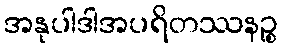
အနုပါဒါအပရိတဿနဉ္စ